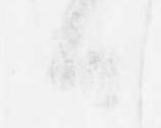
日